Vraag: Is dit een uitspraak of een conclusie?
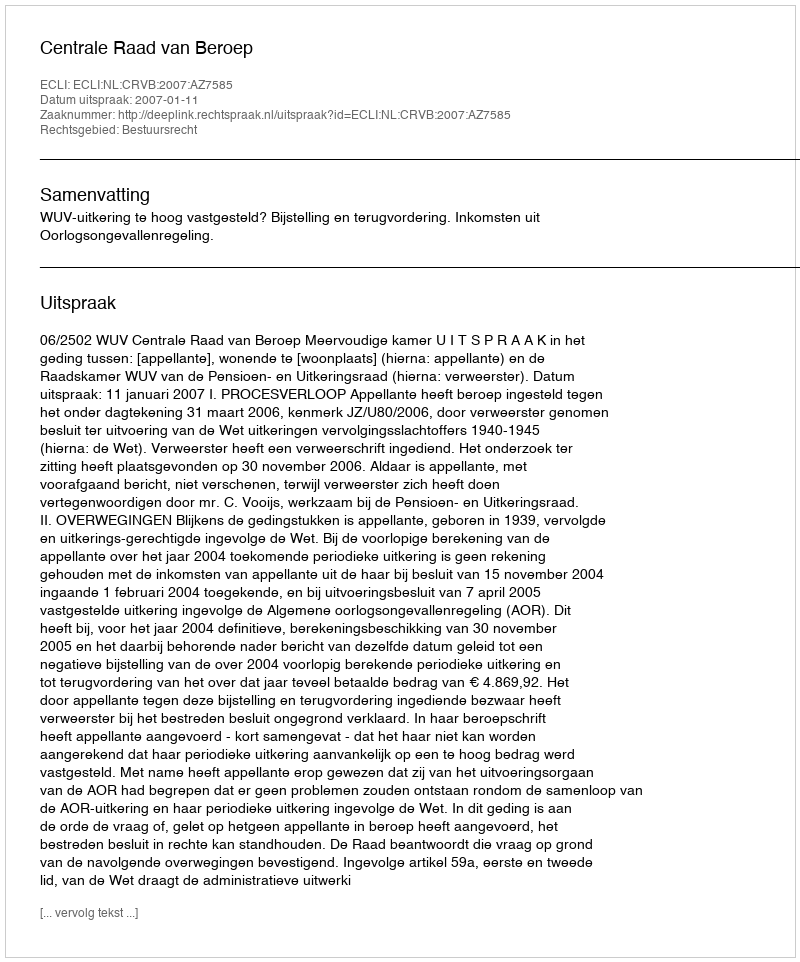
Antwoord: Uitspraak